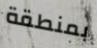
بمنطقة